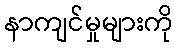
နာကျင်မှုများကို